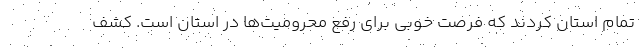
تمام استان کردند که فرصت خوبی برای رفع محرومیت‌ها در استان است. کشف